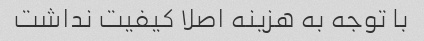
با توجه به هزینه اصلا کیفیت نداشت